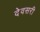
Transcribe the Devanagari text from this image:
देवसरी